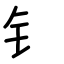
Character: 钅